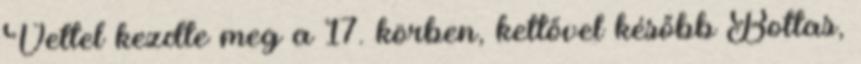
Vettel kezdte meg a 17. körben, kettővel később Bottas,